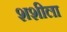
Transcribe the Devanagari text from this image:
शशीला